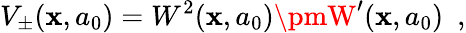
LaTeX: V_{\pm}(\mathbf{x},a_{0})=W^{2}(\mathbf{x},a_{0})\pmW^{\prime}(\mathbf{x},a_{0})~~,